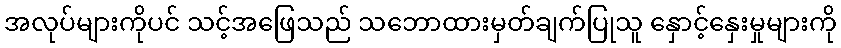
အလုပ်များကိုပင် သင့်အဖြေသည် သဘောထားမှတ်ချက်ပြုသူ နှောင့်နှေးမှုများကို